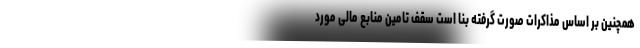
همچنین بر اساس مذاکرات صورت گرفته بنا است سقف تامین منابع مالی مورد